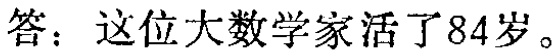
答：这位大数学家活了84岁。